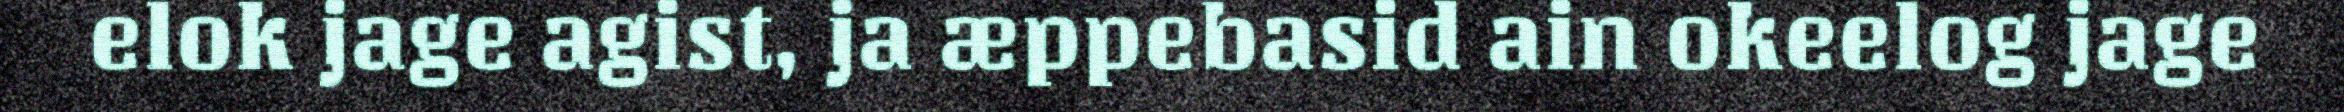
elok jage agist, ja æppebasid ain okeelog jage